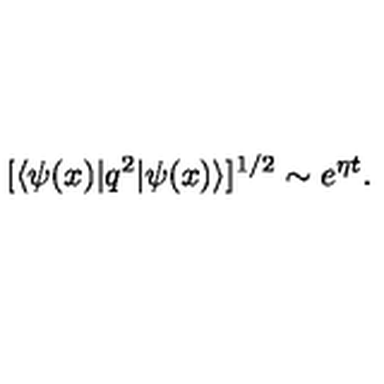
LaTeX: [ \langle \psi ( x ) \vert q ^ { 2 } \vert \psi ( x ) \rangle ] ^ { 1 / 2 } \sim e ^ { \eta t } .